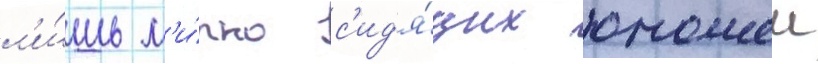
л'и́шь м'и́рно с'ид'я́щих юношеи